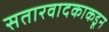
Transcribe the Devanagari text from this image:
सतारवादकाकडून